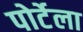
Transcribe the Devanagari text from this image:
पोर्टेला